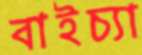
বাইচ্যা